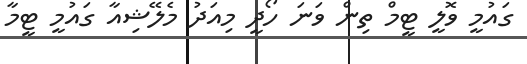
ގައުމީ ވޮލީ ޓީމް ތިން ވަނަ ހޯދީ މިއަދު މެލޭޝިއާ ގައުމީ ޓީމާ